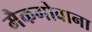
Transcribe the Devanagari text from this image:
मैकगोवाना